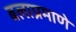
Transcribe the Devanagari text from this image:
बलाप्रमाणे